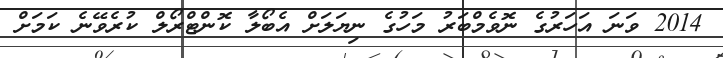
2014 ވަނަ އަހަރުގެ ނޮވެމްބަރު މަހުގެ ނިޔަލަށް އެބޯލާ ކޮންޓްރޯލް ކުރެވޭނެ ކަމަށް